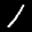
Label: 1